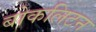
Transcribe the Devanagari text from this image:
बोकलिटन